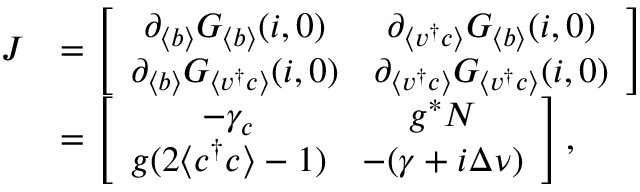
\begin{array} { r l } { J } & { = \left[ \begin{array} { c c } { \partial _ { \langle b \rangle } G _ { \langle b \rangle } ( { \boldsymbol { i } } , \boldsymbol { 0 } ) } & { \partial _ { \langle v ^ { \dagger } c \rangle } G _ { \langle b \rangle } ( { \boldsymbol { i } } , \boldsymbol { 0 } ) } \\ { \partial _ { \langle b \rangle } G _ { \langle v ^ { \dagger } c \rangle } ( { \boldsymbol { i } } , \boldsymbol { 0 } ) } & { \partial _ { \langle v ^ { \dagger } c \rangle } G _ { \langle v ^ { \dagger } c \rangle } ( { \boldsymbol { i } } , \boldsymbol { 0 } ) } \end{array} \right] } \\ & { = \left[ \begin{array} { c c } { - \gamma _ { c } } & { g ^ { * } N } \\ { g ( 2 \langle c ^ { \dagger } c \rangle - 1 ) } & { - ( \gamma + i \Delta \nu ) } \end{array} \right] , } \end{array}